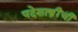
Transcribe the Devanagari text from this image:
पदेशास्त्रींची